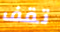
تقف